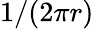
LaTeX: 1/(2\pi r)